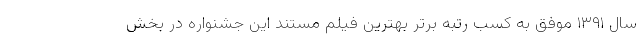
سال ۱۳۹۱ موفق به کسب رتبه برتر بهترین فیلم مستند این جشنواره در بخش